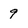
Character: 9